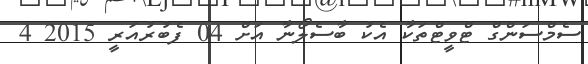
ސެމްސަންގް ޓްވީޓްތަކާ އެކު ބާސެލޯނާ އަށް 04 ފެބުރުއަރީ 2015 4